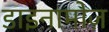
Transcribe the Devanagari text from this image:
डाइनामोज़